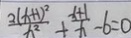
\frac { 2 ( x + 1 ) ^ { 2 } } { x ^ { 2 } } + \frac { x + 1 } { x } - 6 = 0